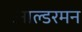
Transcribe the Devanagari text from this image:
आल्डरमन